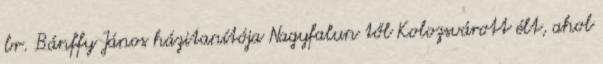
br. Bánffy János házitanítója Nagyfalun től Kolozsvárott élt, ahol